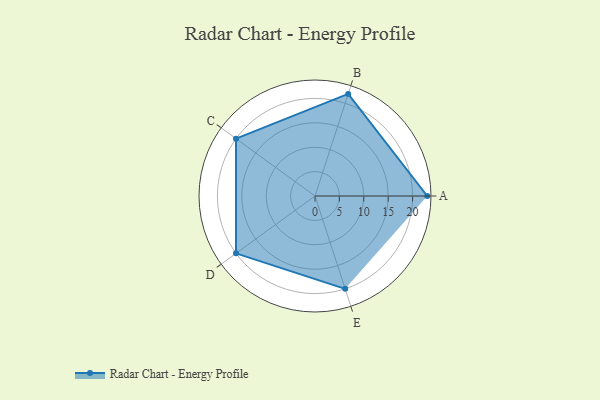
{"axis": {"x": "Skill", "y": "Score"}, "legend": ["Profile"], "data": [{"x": "A", "y": 23.0, "type": "Profile"}, {"x": "B", "y": 22.0, "type": "Profile"}, {"x": "C", "y": 20, "type": "Profile"}, {"x": "D", "y": 20, "type": "Profile"}, {"x": "E", "y": 20, "type": "Profile"}]}